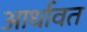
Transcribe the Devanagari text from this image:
आर्धावत